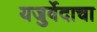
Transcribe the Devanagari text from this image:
यजुर्वेदाचा